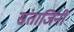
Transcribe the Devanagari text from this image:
संताजिंनी